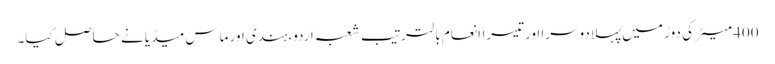
400 میٹر کی دوڑ میں پہلادوسرا اورتیسراانعام بالترتیب شعبہ اردو،ہندی اور ماس میڈیا نے حاصل کیا۔